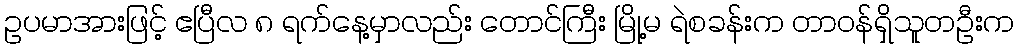
ဥပမာအားဖြင့် ဧပြီလ ၈ ရက်နေ့မှာလည်း တောင်ကြီး မြို့မ ရဲစခန်းက တာဝန်ရှိသူတဦးက